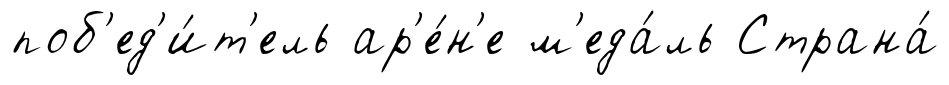
поб'ед'и́т'ель ар'е́н'е м'еда́ль Страна́